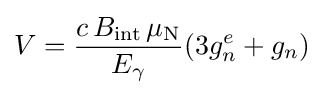
V={\frac {c\,B_{\text{int}}\,\mu _{\rm {N}}}{E_{\gamma }}}(3g_{n}^{e}+g_{n})